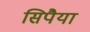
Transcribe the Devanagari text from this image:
सिपैया